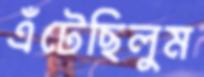
এঁটেছিলুম